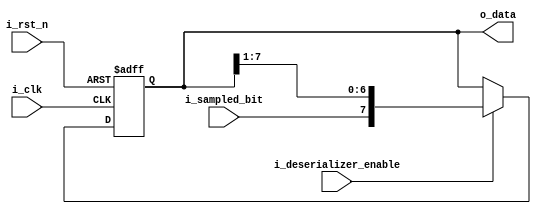
module Deserializer 
#(parameter DATA_WIDTH=8) 
    (
    output      wire    [DATA_WIDTH-1:0]    o_data,
    input       wire                        i_deserializer_enable,
    input       wire                        i_sampled_bit,
    input       wire                        i_clk,
    input       wire                        i_rst_n
    );

     reg    [DATA_WIDTH-1:0]     P_DATA =   0;   

    always @(posedge i_clk or negedge i_rst_n)
        begin
            if (!i_rst_n)
                P_DATA<={(DATA_WIDTH) {1'b0}};
            else
                begin
                    if (i_deserializer_enable )
                        P_DATA<={i_sampled_bit,P_DATA[DATA_WIDTH-1:1]};
                end    
        end
 
    assign o_data=P_DATA;    
endmodule